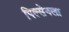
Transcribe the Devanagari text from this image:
पिल्सेनला